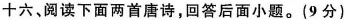
十六、阅读下面两首唐诗，回答后面小题。(9分)